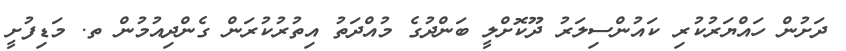
ދަށުން ހައްޔަރުކުރި ކައުންސިލަރު ދޫކޮށްލީ ބަންދުގެ މުއްދަތު އިތުރުކުރަން ގެންދިއުމުން ތ. މަޑިފުށީ